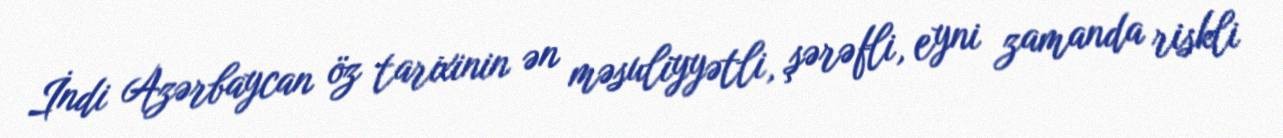
İndi Azərbaycan öz tarixinin ən məsuliyyətli, şərəfli, eyni zamanda riskli